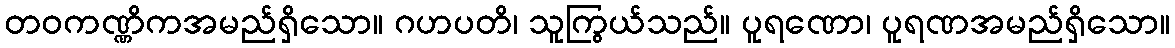
တဝကဏ္ဏိကအမည်ရှိသော။ ဂဟပတိ၊ သူကြွယ်သည်။ ပူရဏော၊ ပူရဏအမည်ရှိသော။